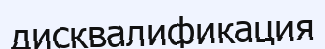
дисквалификация